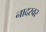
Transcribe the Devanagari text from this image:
नादस्वर